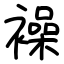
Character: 襙